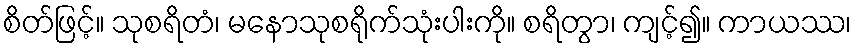
စိတ်ဖြင့်။ သုစရိတံ၊ မနောသုစရိုက်သုံးပါးကို။ စရိတွာ၊ ကျင့်၍။ ကာယဿ၊